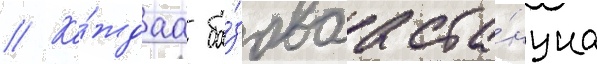
// Ка́ждаа ба́зоваа ста́нциа